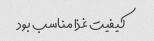
کیفیت غذا مناسب بود